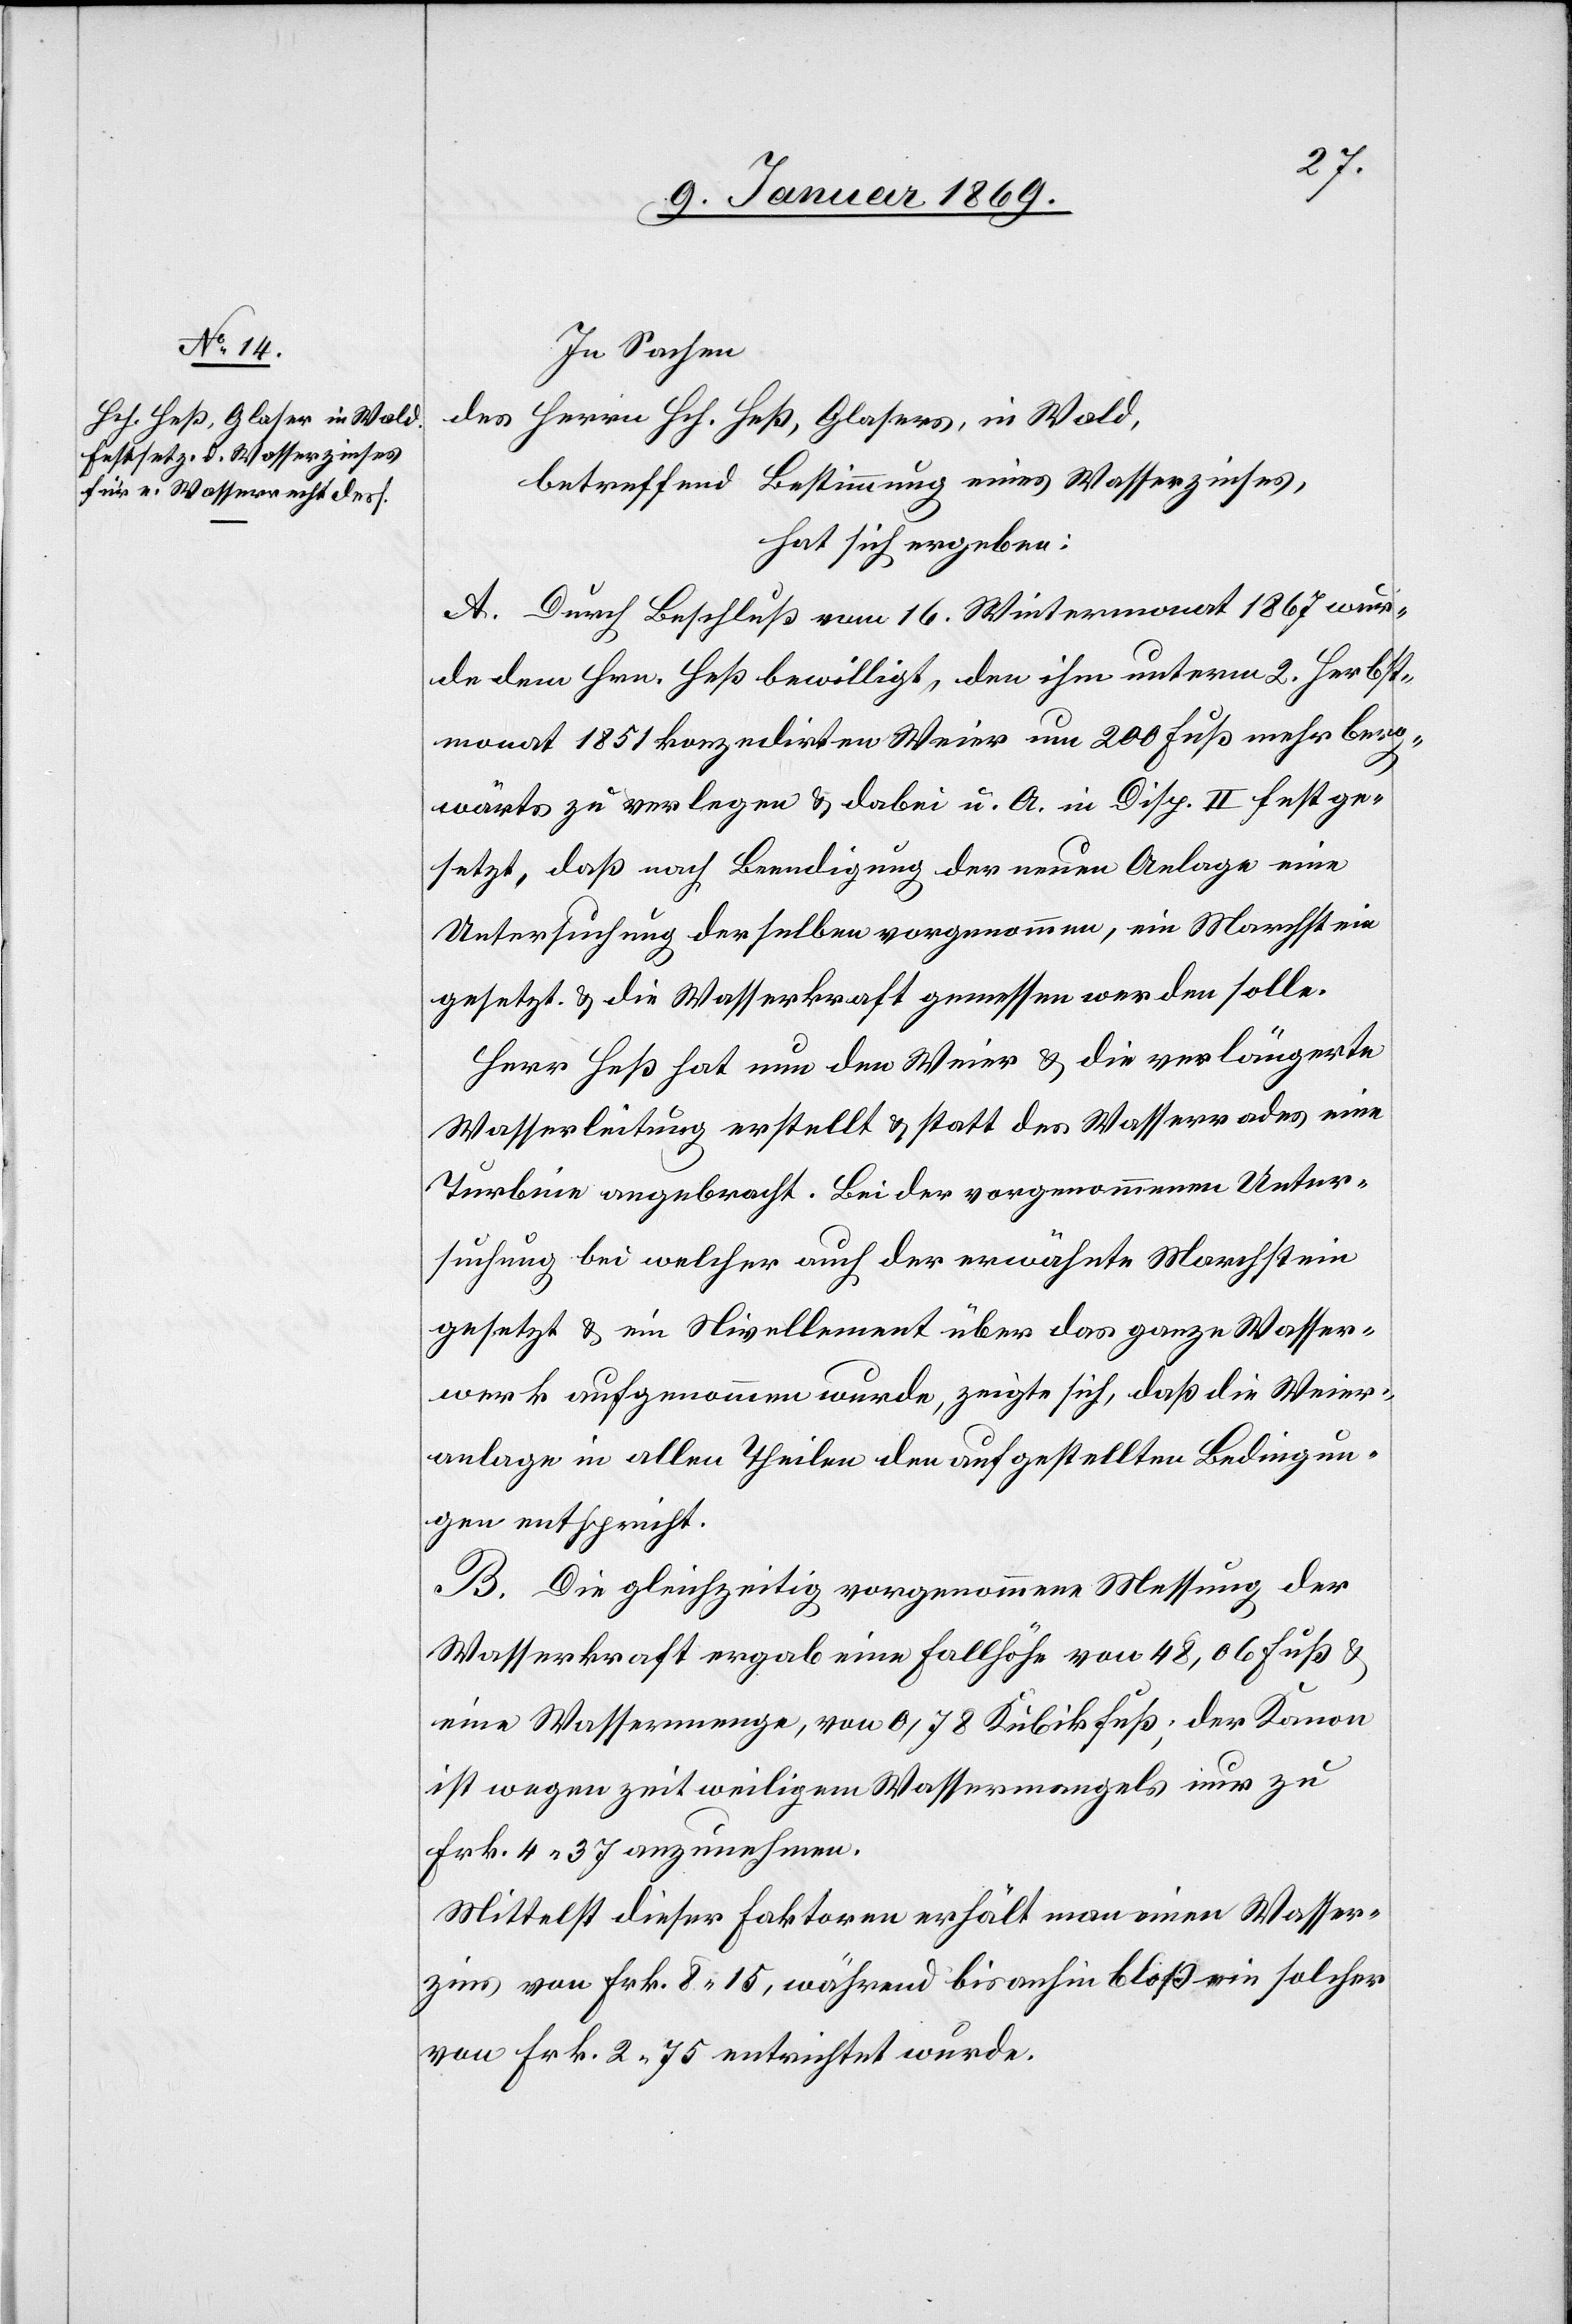
In Sachen
des Herrn Hch. Heß, Glaser, in Wald,
betreffend Bestimmung eines Wasserzinses,
hat sich ergeben:
A. Durch Beschluß vom 16. Wintermonat 1867 wur¬
de dem Hrn. Heß bewilligt, den ihm unterm 2. Herbst¬
monat 1851 konzedirten Weier um 200 Fuß mehr berg¬
wärts zu verlegen & dabei u. A. in Disp. II festge¬
setzt, daß nach Beendigung der neuen Anlage eine
Untersuchung desselben vorgenommen, ein Marchstein
gesetzt & die Wasserkraft gemessen werden solle.
Herr Heß hat nun den Weier & die verlängerte
Wasserleitung erstellt & statt des Wasserrades eine
Turbine angebracht. Bei der vorgenommenen Unter¬
suchung bei welcher auch der erwähnte Marchstein
gesetzt & im Nivellement über das ganze Wasser¬
werk aufgenommen wurde, zeigte sich, daß die Weier¬
anlage in allen Theilen den aufgestellten Bedingun¬
gen entspricht.
B. Die gleichzeitige vorgenommene Messung der
Wasserkraft ergab eine Fallhöhe von 48,06 Fuß &
eine Wassermenge, von 0,78 Kubikfuß; der Kanon
ist wegen zeitweiligem Wassermangels nur zu
Frk. 4 37 anzunehmen.
Mittelst dieser Faktoren erhält man einen Wasser¬
zins von Frk. 8 15, während bisanhin bloß ein solcher
von Frk. 2 75 entrichtet wurde.